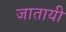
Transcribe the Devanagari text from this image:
जातायी